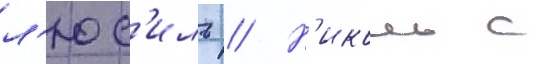
л'юс'иль // Н'иколь с